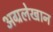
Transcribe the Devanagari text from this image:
अग्रलेखान